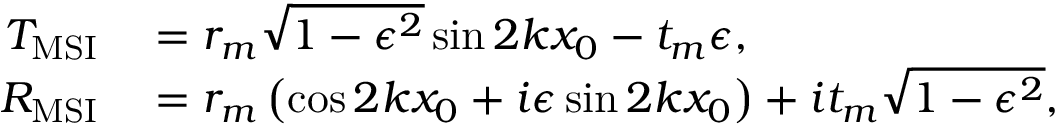
\begin{array} { r l } { T _ { \mathrm { M S I } } } & { { } = r _ { m } \sqrt { 1 - \epsilon ^ { 2 } } \sin 2 k x _ { 0 } - t _ { m } \epsilon , } \\ { R _ { \mathrm { M S I } } } & { { } = r _ { m } \left( \cos 2 k x _ { 0 } + i \epsilon \sin 2 k x _ { 0 } \right) + i t _ { m } \sqrt { 1 - \epsilon ^ { 2 } } , } \end{array}